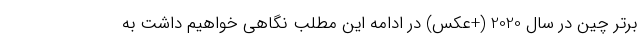
برتر چین در سال 2020 (+عکس) در ادامه این مطلب نگاهی خواهیم داشت به